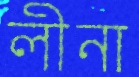
লীনা